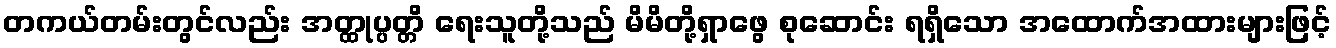
တကယ်တမ်းတွင်လည်း အတ္ထုပ္ပတ္တိ ရေးသူတို့သည် မိမိတို့ရှာဖွေ စုဆောင်း ရရှိသော အထောက်အထားများဖြင့်